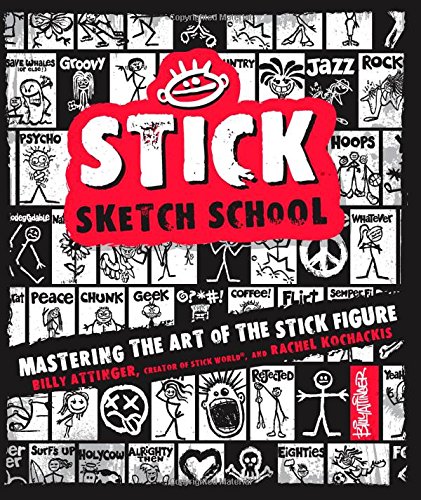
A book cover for Stick Sketch School: Mastering the Art of the Stick Figure; Billy Attinger; Comics & Graphic Novels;